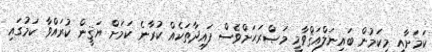
ކަމަށާއި މިކަމުން ބައިނަލްއަޤްވާމީ މަޞްރަޙަށްވެސް ފައިދާތަކެއް ކުރާނެ ކަމަށް ޔަޤީން ކުރައްވާ ކަމުގައި